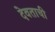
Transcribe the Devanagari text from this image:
देवताची